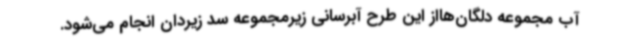
آب مجموعه دلگان‌هااز این طرح آبرسانی زیرمجموعه سد زیردان انجام می‌شود.